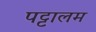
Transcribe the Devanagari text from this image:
पट्टालम